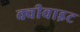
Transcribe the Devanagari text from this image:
क्वीवाइट